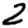
Digit: 2